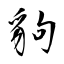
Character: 豿